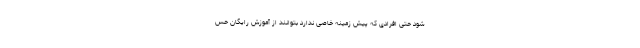
شود حتی افرادی که پیش زمینه خاصی ندارد بتوانند از آموزش رایگان حس